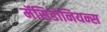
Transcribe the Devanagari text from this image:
मॅसिडोनियन्स